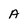
Character: A